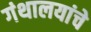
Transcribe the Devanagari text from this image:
गंथालयांचे